Insane asylums in Bengal annual reports 1867-1875 - 1867-1875
Year: 1867
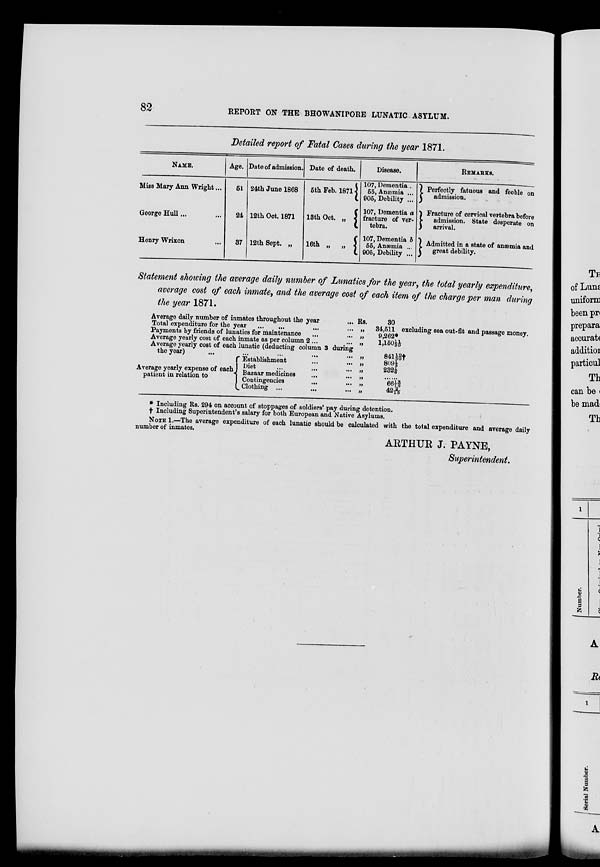
82
REPORT ON THE BHOWANIPORE LUNATIC ASYLUM.
Detailed report of Fatal Cases during the year 1871.
NAME.
Miss Mary Ann Wright ...
George Hull ... ...
Henry Wrixon ...
Age.
51
24
37
Date of admission.
24th June 1868
12th Oct. 1871
12th Sept. „
Date of death.
5th Feb. 1871
13th Oct. „
16th „ „
Disease.
107, Dementia ...
65, Anæmia ...
905, Debility ...
107, Dementia a
fracture of ver-
tebra.
107, Dementia b
55, Anæmia ...
905, Debility ...
REMARKS.
Perfectly fatuous and feeble on
admission.
Fracture of cervical vertebra before
admission. State desperate on
arrival.
Admitted in a state of anæmia and
great debility.
Statement showing the average daily number of Lunatics for the year, the total yearly expenditure,
average cost of each inmate, and the average cost of each item of the charge per man during
the year 1871.
Average daily number of inmates throughout the year
...
Total expenditure for the year ... ... ... ...
Payments by friends of lunatics for maintenance ... ...
Average yearly cost of each inmate as per column 2 ... ...
Average yearly cost of each lunatic (deducting column 3 during
the year) ... ... ... ... ...
Average yearly expense of each
patient in relation to
Establishment ... ...
Diet ... ...
Bazaar medicines ... ...
Contingencies
... ...
Clothing ... ... ...
Rs.
„
„
„
„
„
„
„
„
„
30
34,511
9,262*
1,150 1/3 1/0
841 1/3 9/0 †
809 1/5
232 1/6
......
66 1/1 3/5
42 2/15
excluding sea out-fit and passage money.
* Including Rs. 294 on account of stoppages of soldiers' pay during detention.
† Including Superintendent's salary for both European and Native Asylums.
NOTE 1.—The average expenditure of each lunatic should be calculated with the total expenditure and average daily
number of inmates.
ARTHUR J. PAYNE,
Superintendent.